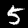
Label: 5